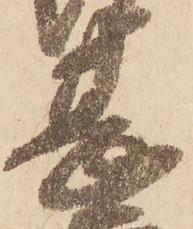
甚